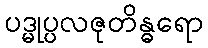
ပဒ္မုပ္ပလဇုတိန္ဓရော